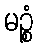
မဉ္စံ